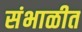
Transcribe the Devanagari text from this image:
संभाळीत